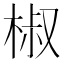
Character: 椒